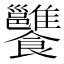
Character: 𩟷